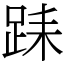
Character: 𨀤